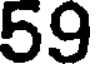
59